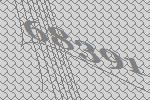
68391